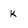
Character: K